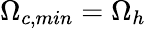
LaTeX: \Omega_{c,min}=\Omega_{h}